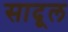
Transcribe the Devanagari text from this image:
सादूल